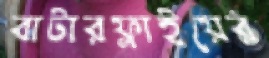
বাটারফ্লাইয়ের